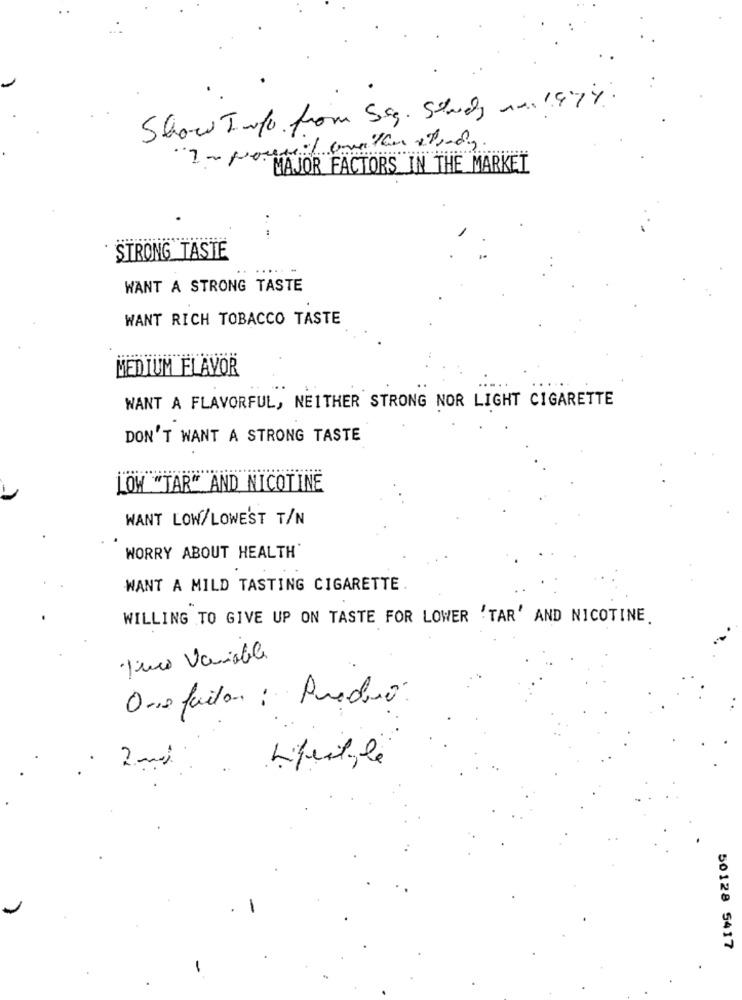
Show Info from Seg. Study in. 1974.
MAJOR FACTORS IN THE MARKET
.....
STRONG TASTE
WANT A STRONG TASTE
WANT RICH TOBACCO TASTE
MEDIUM FLAVOR
WANT A FLAVORFUL, NEITHER STRONG NOR LIGHT CIGARETTE
DON'T WANT A STRONG TASTE
LOW "TAR" AND NICOTINE
WANT LOW/LOWEST T/N
WORRY ABOUT HEALTH'
WANT A MILD TASTING CIGARETTE
WILLING TO GIVE UP ON TASTE FOR LOWER 'TAR' AND NICOTINE.
fico Variable
Onrefaitar : Puedo.
2 -mi
Lifestyle
50128 5417